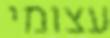
עצומי